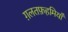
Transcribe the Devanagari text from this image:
ग़लतफ़हमियाँ